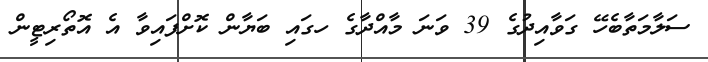
ސަލާމަތާބެހޭ ގަވާއިދުގެ 39 ވަނަ މާއްދާގެ ހގައި ބަޔާން ކޮށްފައިވާ އެ އޮތޯރިޓީން